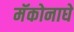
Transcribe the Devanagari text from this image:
मॅकोनाघे